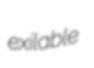
exilable